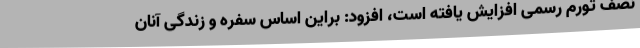
نصف تورم رسمی افزایش یافته است، افزود: براین اساس سفره و زندگی آنان